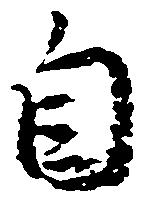
自